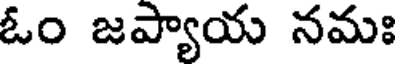
ఓం జప్యాయ నమః